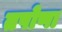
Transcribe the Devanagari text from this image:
तपोणा